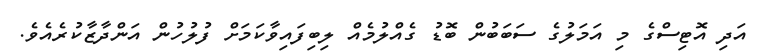
އަދި އޮޓިސްގެ މި އަމަލުގެ ސަބަބުން ބޮޑު ގެއްލުމެއް ލިބިފައިވާކަމަށް ފުލުހުން އަންދާޒާކުރެއެވެ.